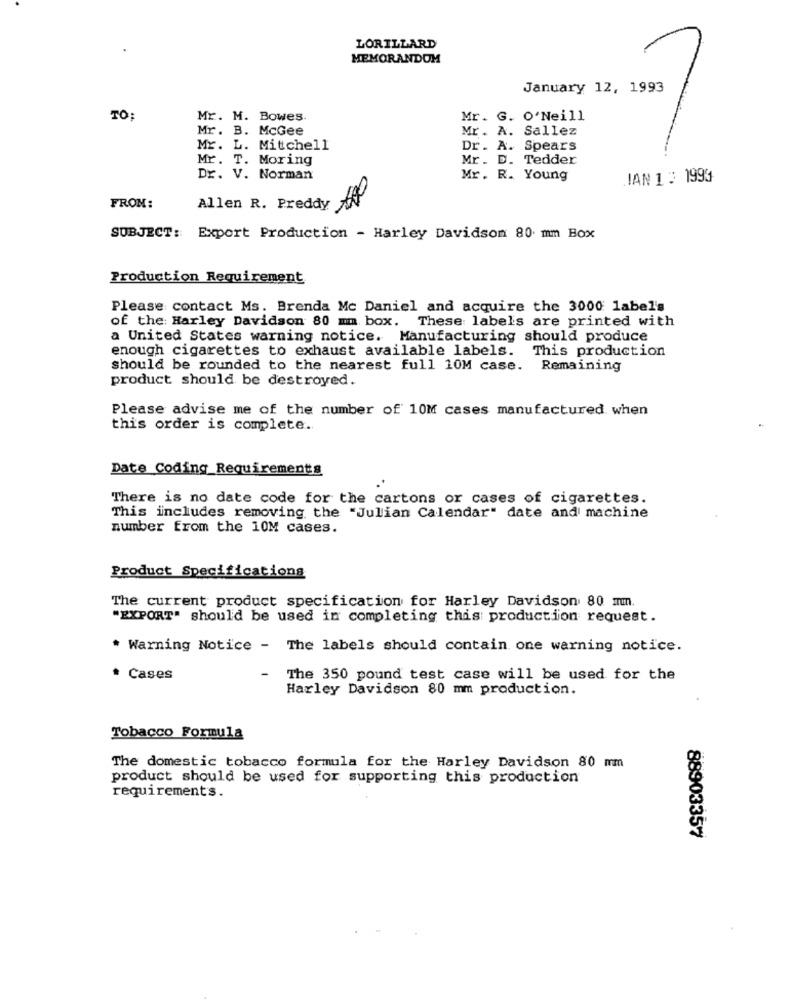
LORILLARD
MEMORANDUM
January 12, 1993
TO:
Mr. M. Bowes
Mr. G. O'Neill
Mr. B. McGee
Mr. A. Sallez
Mr. L. Mitchell
Dr. A. Spears
Mr. T. Moring
Mr. D. Tedder
Dr. V. Norman
Mr. R. Young
IAN 1 : 199
FROM:
Allen R. Preddy
SUBJECT: Export Production - Harley Davidson 80 mm Box
Production Requirement
Please contact Ms. Brenda Mc Daniel and acquire the 3000 1abel's
of the: Harley Davidson 80 mm box. These labels are printed with
a United States warning notice. Manufacturing should produce
enough cigarettes to exhaust available labels.
This production
should be rounded to the nearest full 10M case. Remaining
product should be destroyed.
Please advise me of the number of 10M cases manufactured when
this order is complete.
Date Coding_Requirements
There is no date code for the cartons or cases of cigarettes.
This includes removing the "Julian Calendar" date and machine
number from the 10M cases.
Product Specifications
The current product specification for Harley Davidson 80 mm.
"EXPORT" should be used in completing this production request.
* Warning Notice - The labels should contain one warning notice.
Cases
The 350 pound test case will be used for the
Harley Davidson 80 mm production.
Tobacco Formula
The domestic tobacco formula for the Harley Davidson 80 mm
product should be used for supporting this production
requirements.
88903357